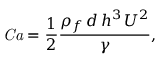
\mathit { C a } = \frac { 1 } { 2 } \frac { \rho _ { f } \, d \, h ^ { 3 } \, U ^ { 2 } } { \gamma } ,